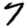
Digit: 7